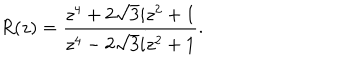
LaTeX: R ( z ) = \frac { z ^ { 4 } + 2 \sqrt { 3 } i z ^ { 2 } + 1 } { z ^ { 4 } - 2 \sqrt { 3 } i z ^ { 2 } + 1 } .